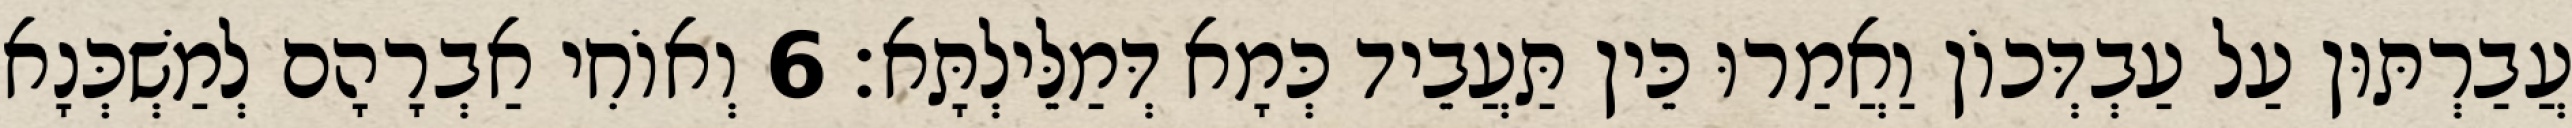
עֲבַרְתּוּן עַל עַבְדְּכוֹן וַאֲמַרוּ כֵּין תַּעֲבֵיד כְּמָא דְּמַלֵּילְתָּא׃ 6 וְאוֹחִי אַבְרָהָם לְמַשְׁכְּנָא